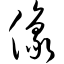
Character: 像